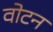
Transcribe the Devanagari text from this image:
वोटन